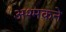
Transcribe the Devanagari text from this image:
अश्मकने